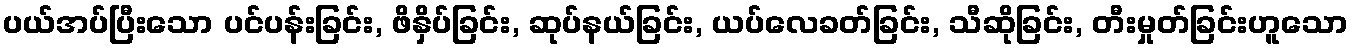
ပယ်အပ်ပြီးသော ပင်ပန်းခြင်း, ဖိနှိပ်ခြင်း, ဆုပ်နယ်ခြင်း, ယပ်လေခတ်ခြင်း, သီဆိုခြင်း, တီးမှုတ်ခြင်းဟူသော